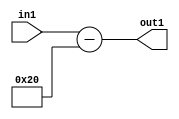
`timescale 1ps / 1ps
/*****************************************************************************
    Verilog RTL Description
    
    
    Created by: Stratus DpOpt 2019.1.01 
*******************************************************************************/

module st_weight_addr_gen_Subi32u16_4_11 (
	in1,
	out1
	); /* architecture "behavioural" */ 
input [15:0] in1;
output [16:0] out1;
wire [16:0] asc001;

assign asc001 = 
	+(in1)
	-(17'B00000000000100000);

assign out1 = asc001;
endmodule

/* CADENCE  ubH4SA0= : u9/ySgnWtBlWxVPRXgAZ4Og= ** DO NOT EDIT THIS LINE ******/